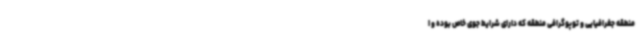
منطقه جغرافیایی و توپوگرافی منطقه که دارای شرایط جوی خاص بوده و ا